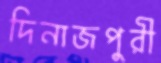
দিনাজপুরী